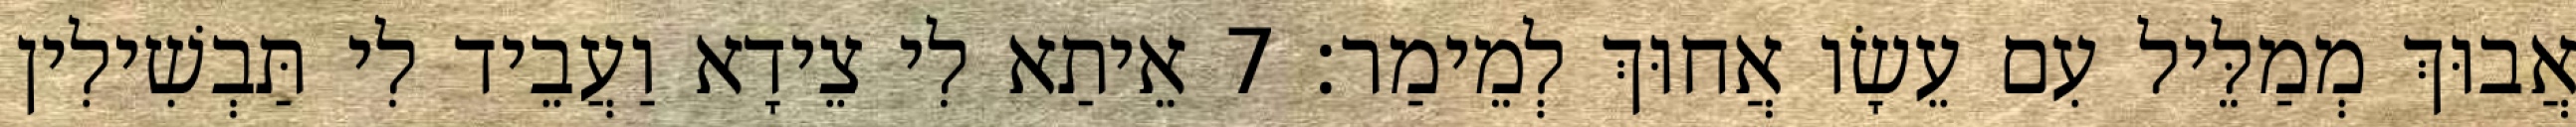
אֲבוּךְ מְמַלֵּיל עִם עֵשָׂו אֲחוּךְ לְמֵימַר׃ 7 אֵיתַא לִי צֵידָא וַעֲבֵיד לִי תַּבְשִׁילִין